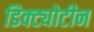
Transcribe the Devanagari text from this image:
डिक्ट्योटीन